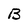
Character: B